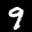
Label: 9